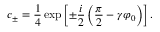
c _ { \pm } = \frac 1 4 \exp \left[ \pm \frac { i } { 2 } \left( \frac { \pi } { 2 } - \gamma \varphi _ { 0 } \right) \right] .